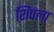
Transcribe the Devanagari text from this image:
शिंपला